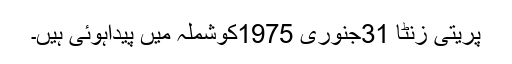
پریتی زنٹا 31جنوری 1975کوشملہ میں پیداہوئی ہیں۔